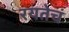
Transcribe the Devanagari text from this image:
रयतेचं